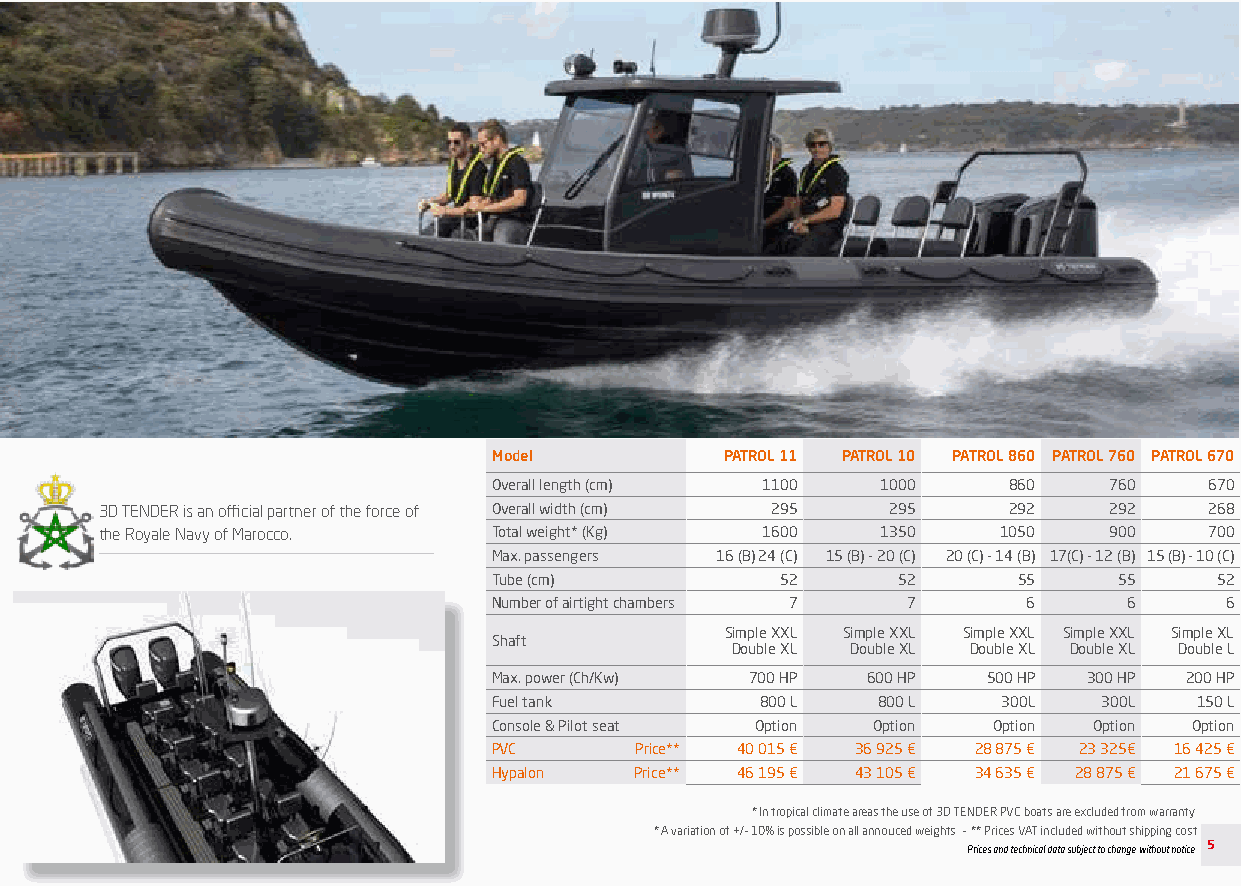
Model          PATROL 11 PATROL 10 PATROL 860 PATROL 760 PATROL 670
 Overall length (cm) 1100 1000     860   760    670
 3D TENDER is an official partner of the force of Overall width (cm) 295 295 292 292 268
 the Royale Navy of Marocco. Total weight* (Kg) 1600 1350   1050   900    700
 Max. passengers 16 (B) 24 (C) 15 (B) - 20 (C) 20 (C) - 14 (B) 17(C) - 12 (B) 15 (B) - 10 (C)
 Tube (cm)          52     52      55     55    52
 Number of airtight chambers 7 7    6      6     6
 Simple XXL Simple XXL Simple XXL Simple XXL Simple XL
 Shaft
 Double XL Double XL Double XL Double XL Double L
 Max. power (Ch/Kw) 700 HP 600 HP 500 HP 300 HP 200 HP
 Fuel tank        800 L   800 L   300L   300L  150 L
 Console & Pilot seat Option Option Option Option Option
 PVC      Price** 40 015 € 36 925 € 28 875 € 23 325€ 16 425 €
 Hypalon  Price** 46 195 € 43 105 € 34 635 € 28 875 € 21 675 €
 * In tropical climate areas the use of 3D TENDER PVC boats are excluded from warranty.
 * A variation of +/- 10% is possible on all annouced weights - ** Prices VAT included without shipping cost
 Prices and technical data subject to change without notice. 5